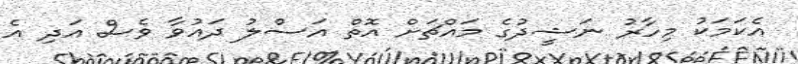
އެކަމަކު މިހާރު ނަޝީދުގެ މައްޗަށް އޮތް އަސްލު ދައުވާ ވެސް އަދި އެ